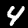
Label: 4